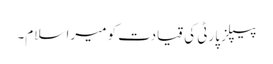
پیپلز پارٹی کی قیادت کو میرا سلام۔